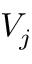
V _ { j }